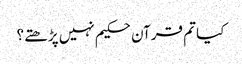
کیا تم قرآن حکیم نہیں پڑھتے؟